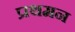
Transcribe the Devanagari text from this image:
प्रथमन